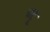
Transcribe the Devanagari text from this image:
बद्दू